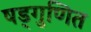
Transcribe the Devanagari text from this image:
षड्गुणित